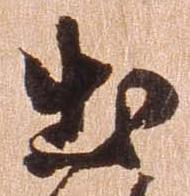
出